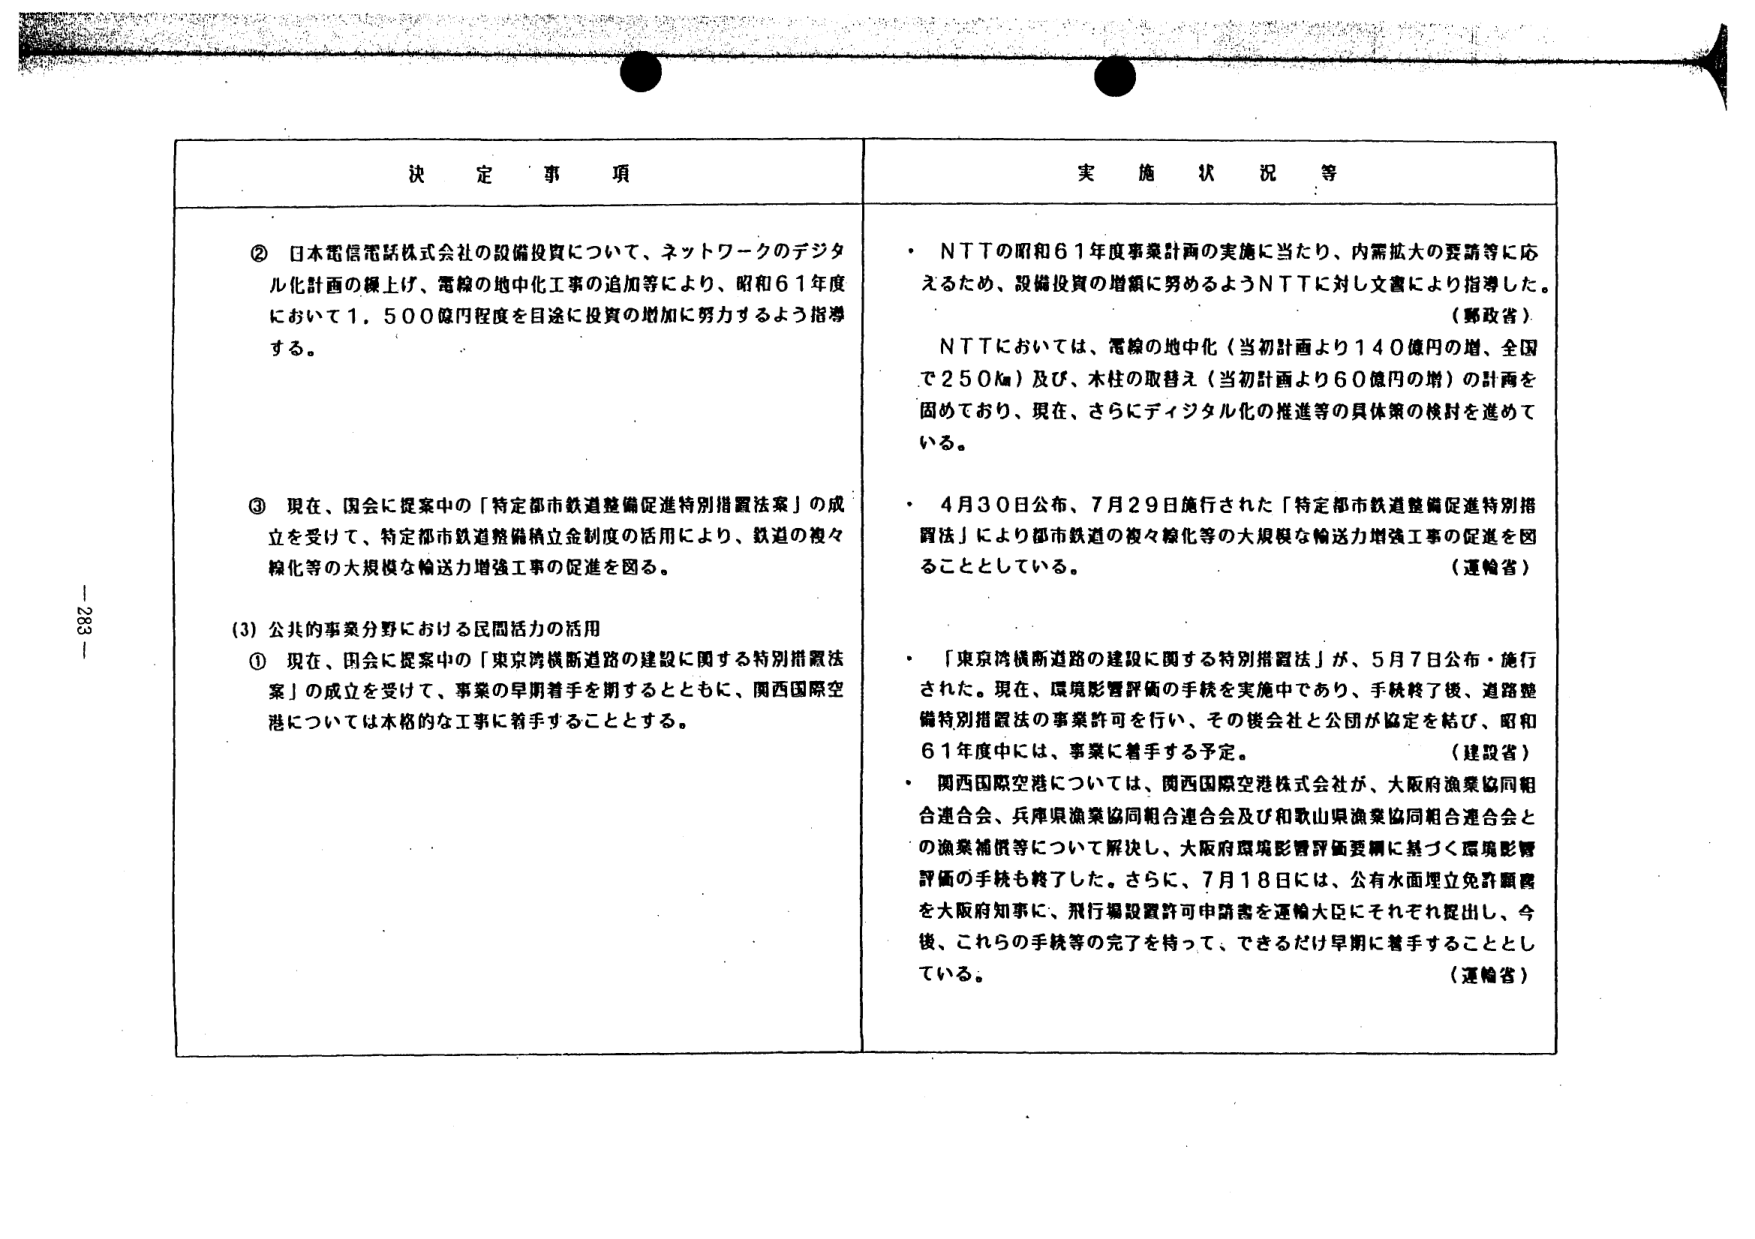
決定事項

② 日本電信電話株式会社の設備投資について、ネットワークのデジタル化計画の練上げ、電線の地中化工事の追加等により、昭和61年度において1,500億円程度を目途に投資の増加に努力するよう指導する。

③ 現在、国会に提案中の「特定都市鉄道整備促進特別措置法案」の成立を受けて、特定都市鉄道整備積立金制度の活用により、鉄道の複々線化等の大規模な輸送力増強工事の促進を図る。

(3) 公共的事業分野における民間活力の活用

① 現在、国会に提案中の「東京湾横断道路の建設に関する特別措置法案」の成立を受けて、事業の早期着手を期するとともに、関西国際空港については本格的な工事に着手することとする。

実施状況等

・ NTTの昭和61年度事業計画の実施に当たり、内需拡大の要請等に応えるため、設備投資の増額に努めるようNTTに対し文書により指導した。
（郵政省）

NTTにおいては、電線の地中化（当初計画より140億円の増、全国で250km）及び、木柱の取替え（当初計画より60億円の増）の計画を固めており、現在、さらにデジタル化の推進等の具体策の検討を進めている。

・ 4月30日公布、7月29日施行された「特定都市鉄道整備促進特別措置法」により都市鉄道の複々線化等の大規模な輸送力増強工事の促進を図ることとしている。
（運輸省）

・ 「東京湾横断道路の建設に関する特別措置法」が、5月7日公布・施行された。現在、環境影響評価の手続を実施中であり、手続終了後、道路整備特別措置法の事業許可を行い、その後会社と公団が協定を結び、昭和61年度中には、事業に着手する予定。
（建設省）

・ 関西国際空港については、関西国際空港株式会社が、大阪府漁業協同組合連合会、兵庫県漁業協同組合連合会及び和歌山県漁業協同組合連合会との漁業補償等について解決し、大阪府環境影響評価要綱に基づく環境影響評価の手続も終了した。さらに、7月18日には、公有水面埋立免許願書を大阪府知事に、飛行場設置許可申請書を運輸大臣にそれぞれ提出し、今後、これらの手続等の完了を持って、できるだけ早期に着手することとしている。
（運輸省）

- 233 -